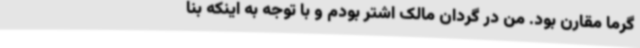
گرما مقارن بود. من در گردان مالک اشتر بودم و با توجه به اینکه بنا